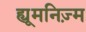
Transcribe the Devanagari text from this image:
ह्यूमनिज़्म